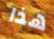
هذا